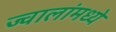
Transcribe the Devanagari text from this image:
ज्वालांमध्ये